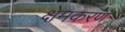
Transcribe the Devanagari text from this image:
क्षेमकरण